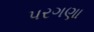
પરગણા